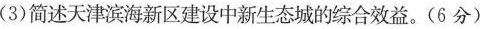
(3)简述天津滨海新区建设中新生态城的综合效益。(5分)